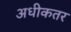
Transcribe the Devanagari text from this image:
अधीकतर